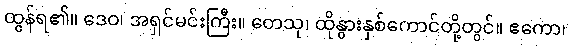
ထွန်ရ၏။ ဒေဝ၊ အရှင်မင်းကြီး။ တေသု၊ ထိုနွားနှစ်ကောင်တို့တွင်။ ဧကော၊